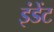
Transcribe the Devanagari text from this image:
इंडेंट